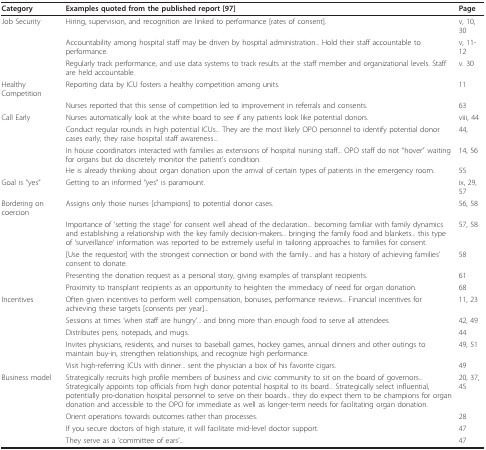
<table><thead><tr><td><b>Category</b></td><td><b>Examples quoted from the published report [97]</b></td><td><b>Page</b></td></tr></thead><tbody><tr><td>Job Security</td><td>Hiring, supervision, and recognition are linked to performance [rates of consent].</td><td>v, 10, 30</td></tr><tr><td></td><td>Accountability among hospital staff may be driven by hospital administration... Hold their staff accountable to performance.</td><td>v, 11-12</td></tr><tr><td></td><td>Regularly track performance, and use data systems to track results at the staff member and organizational levels. Staff are held accountable.</td><td>v. 30</td></tr><tr><td>Healthy Competition</td><td>Reporting data by ICU fosters a healthy competition among units.</td><td>11</td></tr><tr><td></td><td>Nurses reported that this sense of competition led to improvement in referrals and consents.</td><td>63</td></tr><tr><td>Call Early</td><td>Nurses automatically look at the white board to see if any patients look like potential donors.</td><td>viii, 44</td></tr><tr><td></td><td>Conduct regular rounds in high potential ICUs... They are the most likely OPO personnel to identify potential donor cases early; they raise hospital staff awareness...</td><td>44,</td></tr><tr><td></td><td>In house coordinators interacted with families as extensions of hospital nursing staff... OPO staff do not &quot;hover&quot; waiting for organs but do discretely monitor the patient&#x27;s condition.</td><td>14, 56</td></tr><tr><td></td><td>He is already thinking about organ donation upon the arrival of certain types of patients in the emergency room.</td><td>55</td></tr><tr><td>Goal is &quot;yes&quot;</td><td>Getting to an informed &quot;yes&quot; is paramount.</td><td>ix, 29, 57</td></tr><tr><td>Bordering on coercion</td><td>Assigns only those nurses [champions] to potential donor cases.</td><td>56, 58</td></tr><tr><td></td><td>Importance of &#x27;setting the stage&#x27; for consent well ahead of the declaration... becoming familiar with family dynamics and establishing a relationship with the key family decision-makers... bringing the family food and blankets... this type of &#x27;surveillance&#x27; information was reported to be extremely useful in tailoring approaches to families for consent.</td><td>57, 58</td></tr><tr><td></td><td>[Use the requestor] with the strongest connection or bond with the family... and has a history of achieving families&#x27; consent to donate.</td><td>58</td></tr><tr><td></td><td>Presenting the donation request as a personal story, giving examples of transplant recipients.</td><td>61</td></tr><tr><td></td><td>Proximity to transplant recipients as an opportunity to heighten the immediacy of need for organ donation.</td><td>68</td></tr><tr><td>Incentives</td><td>Often given incentives to perform well: compensation, bonuses, performance reviews... Financial incentives for achieving these targets [consents per year]...</td><td>11, 23</td></tr><tr><td></td><td>Sessions at times &#x27;when staff are hungry&#x27;... and bring more than enough food to serve all attendees.</td><td>42, 49</td></tr><tr><td></td><td>Distributes pens, notepads, and mugs.</td><td>44</td></tr><tr><td></td><td>Invites physicians, residents, and nurses to baseball games, hockey games, annual dinners and other outings to maintain buy-in, strengthen relationships, and recognize high performance.</td><td>49, 51</td></tr><tr><td></td><td>Visit high-referring ICUs with dinner... sent the physician a box of his favorite cigars.</td><td>49</td></tr><tr><td>Business model</td><td>Strategically recruits high profile members of business and civic community to sit on the board of governors... Strategically appoints top officials from high donor potential hospital to its board... Strategically select influential, potentially pro-donation hospital personnel to serve on their boards... they do expect them to be champions for organ donation and accessible to the OPO for immediate as well as longer-term needs for facilitating organ donation.</td><td>20, 37, 45</td></tr><tr><td></td><td>Orient operations towards outcomes rather than processes.</td><td>28</td></tr><tr><td></td><td>If you secure doctors of high stature, it will facilitate mid-level doctor support.</td><td>47</td></tr><tr><td></td><td>They serve as a &#x27;committee of ears&#x27;...</td><td>47</td></tr></tbody></table>